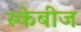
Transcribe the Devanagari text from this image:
स्केबीज